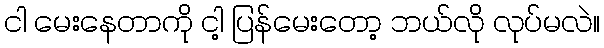
ငါ မေးနေတာကို ငါ့ ပြန်မေးတော့ ဘယ်လို လုပ်မလဲ။